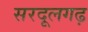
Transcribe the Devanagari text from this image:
सरदूलगढ़